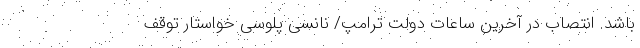
‌باشد. انتصاب در آخرین ساعات دولت ترامپ/ نانسی پلوسی خواستار توقف